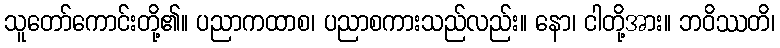
သူတော်ကောင်းတို့၏။ ပညာကထာစ၊ ပညာစကားသည်လည်း။ နော၊ ငါတို့အား။ ဘဝိဿတိ၊